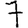
Digit: 7